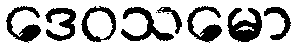
ဒေဝသမော